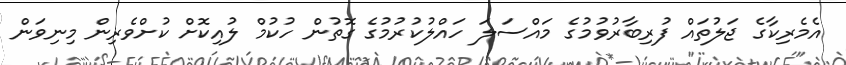
އެމެރިކާގެ ޖަލުތައް ފުރިބާރުވުމުގެ މައްސަލަ ހައްލުކުރުމުގެ ގޮތުން ހުކުމް ލުއިކޮށް ކުށްވެރިން މިނިވަން